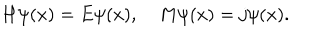
LaTeX: H \psi ( x ) = E \psi ( x ) , \quad M \psi ( x ) = j \psi ( x ) .